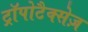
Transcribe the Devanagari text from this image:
ट्रॉपोटैक्सेज़